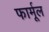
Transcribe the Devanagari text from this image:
फार्मूल